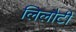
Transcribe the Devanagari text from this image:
लिलौटी